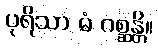
ပုရိသာ မံ ဂစ္ဆန္တိ။